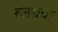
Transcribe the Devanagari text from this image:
व्लात्वा